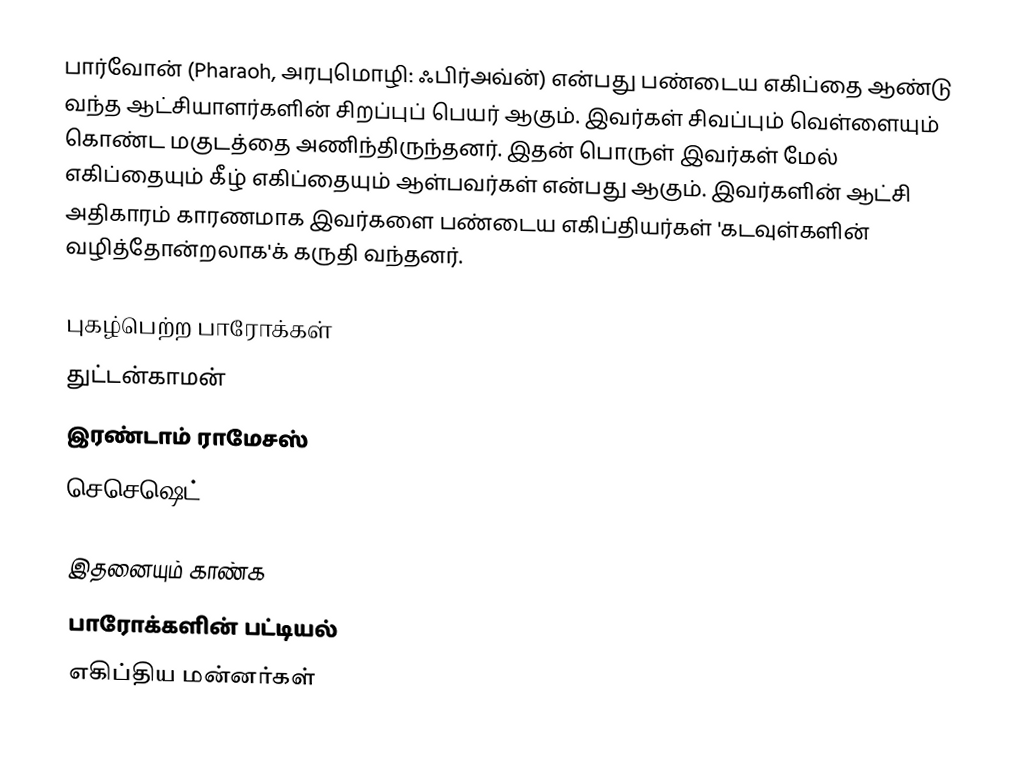
பார்வோன் (Pharaoh, அரபுமொழி: ஃபிர்அவ்ன்) என்பது பண்டைய எகிப்தை ஆண்டு வந்த ஆட்சியாளர்களின் சிறப்புப் பெயர் ஆகும். இவர்கள் சிவப்பும் வெள்ளையும் கொண்ட மகுடத்தை அணிந்திருந்தனர். இதன் பொருள் இவர்கள் மேல் எகிப்தையும் கீழ் எகிப்தையும் ஆள்பவர்கள் என்பது ஆகும். இவர்களின் ஆட்சி அதிகாரம் காரணமாக இவர்களை பண்டைய எகிப்தியர்கள் 'கடவுள்களின் வழித்தோன்றலாக'க் கருதி வந்தனர்.

புகழ்பெற்ற பாரோக்கள்
 துட்டன்காமன்
 இரண்டாம் ராமேசஸ்
 செசெஷெட்

இதனையும் காண்க
 பாரோக்களின் பட்டியல்
எகிப்திய மன்னர்கள்